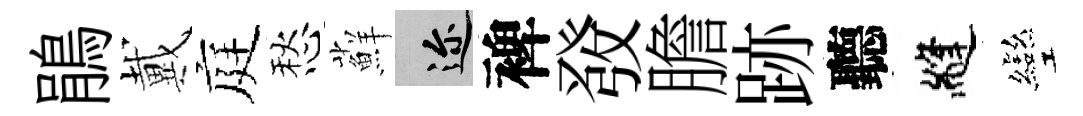
鵑戴庭愁蘚邇裨𤼲膽跡聽縫彎